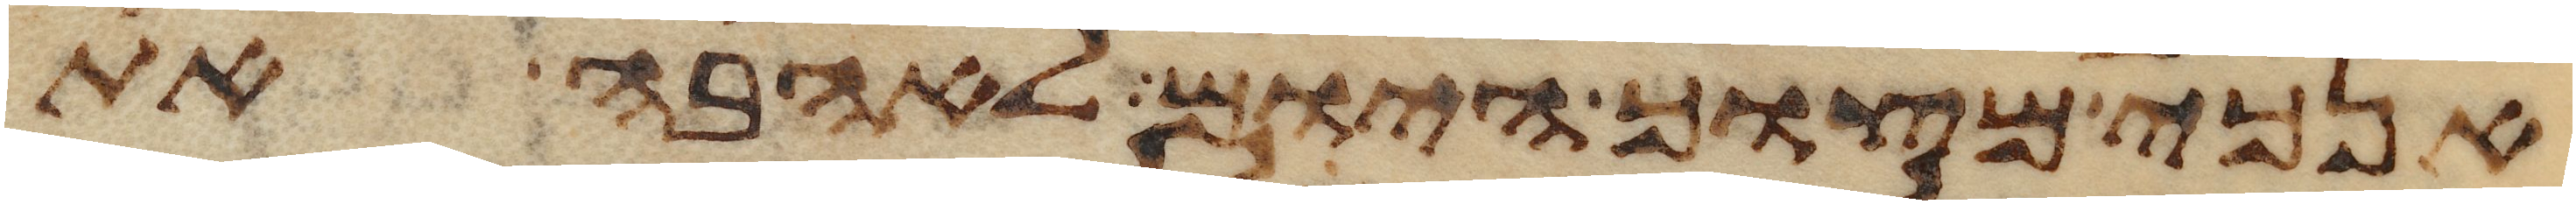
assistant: אנכי מצוך היום לאהבה את